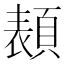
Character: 𩓳